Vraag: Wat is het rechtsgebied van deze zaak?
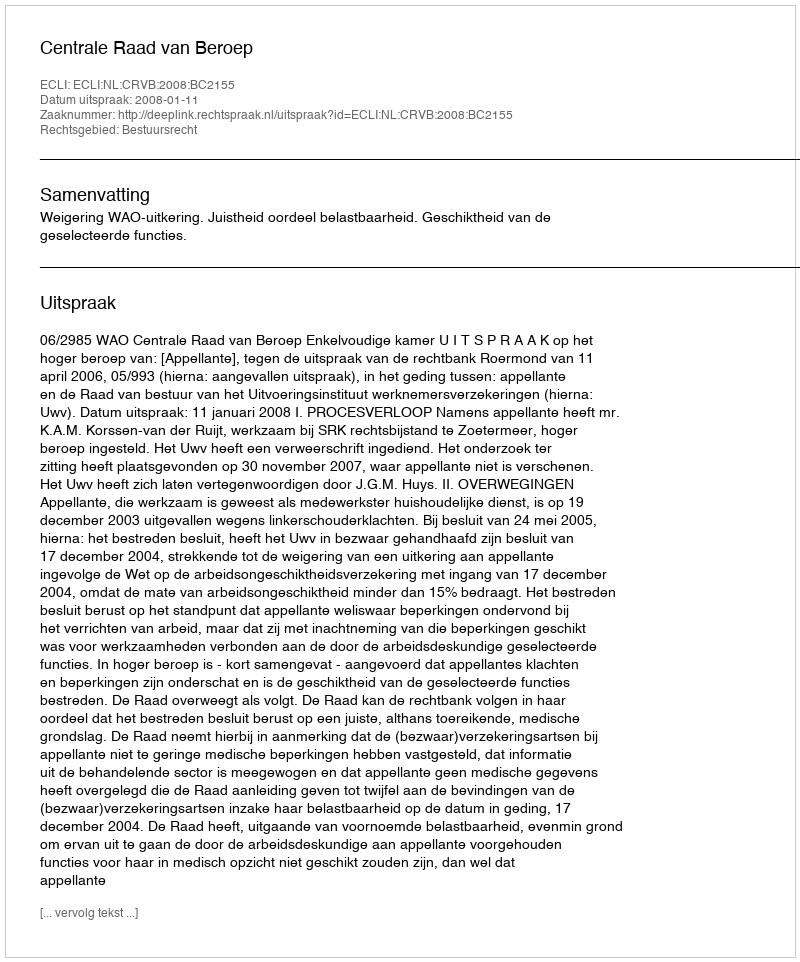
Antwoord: Bestuursrecht